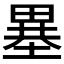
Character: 𤲲